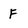
Character: F